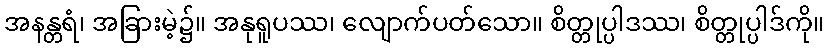
အနန္တရံ၊ အခြားမဲ့၌။ အနုရူပဿ၊ လျောက်ပတ်သော။ စိတ္တုပ္ပါဒဿ၊ စိတ္တုပ္ပါဒ်ကို။